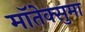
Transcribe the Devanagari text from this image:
मॉतेक्सुमा